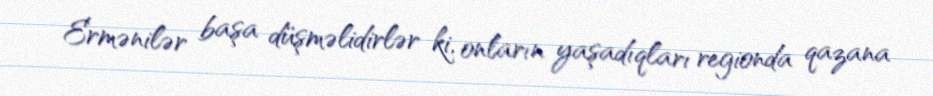
Ermənilər başa düşməlidirlər ki, onların yaşadıqları regionda qazana